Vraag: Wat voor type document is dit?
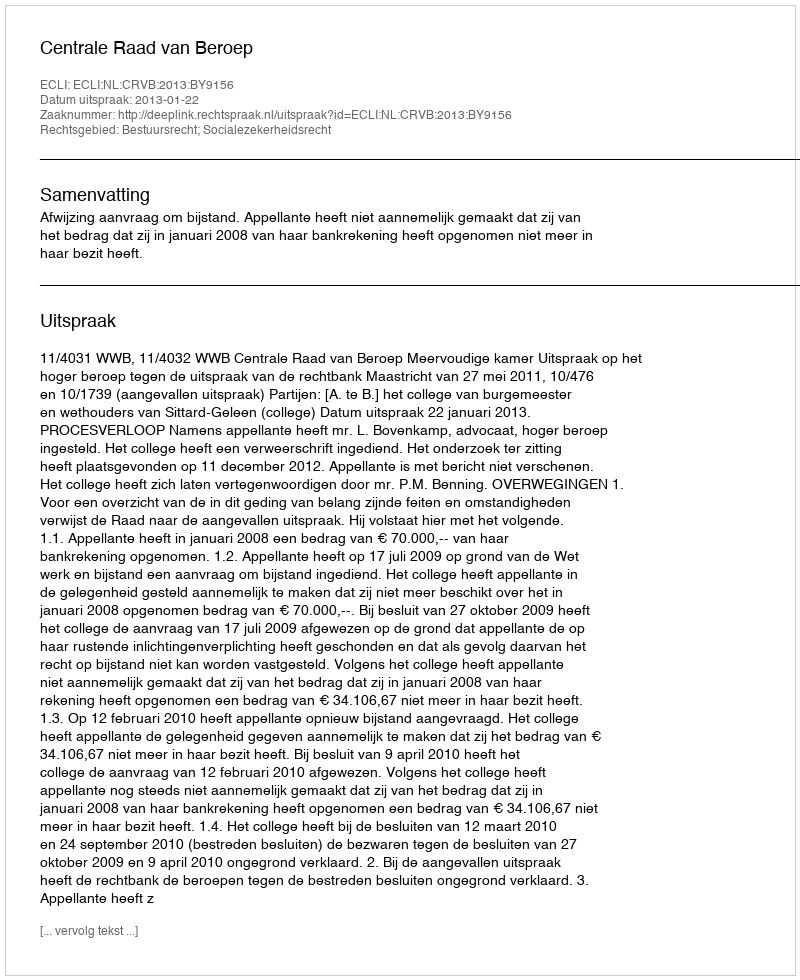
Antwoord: Uitspraak